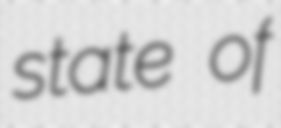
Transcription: state of